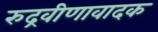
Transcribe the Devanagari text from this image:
रुद्रवीणावादक